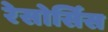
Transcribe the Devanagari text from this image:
रेसोर्सिस